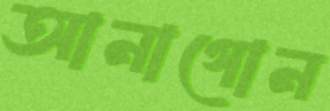
আনাগোন